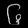
Digit: ၆